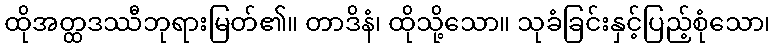
ထိုအတ္ထဒဿီဘုရားမြတ်၏။ တာဒိနံ၊ ထိုသို့သော။ သုခံခြင်းနှင့်ပြည့်စုံသော၊